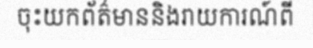
ចុះយកព័ត៌មាននិងរាយការណ៍ពី